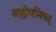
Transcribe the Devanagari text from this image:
अल्लोपनिषद